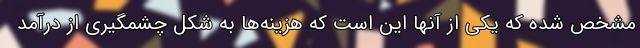
مشخص شده که یکی از آنها این است که هزینه‌ها به شکل چشمگیری از درآمد